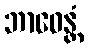
ဘာဝေန္တံ